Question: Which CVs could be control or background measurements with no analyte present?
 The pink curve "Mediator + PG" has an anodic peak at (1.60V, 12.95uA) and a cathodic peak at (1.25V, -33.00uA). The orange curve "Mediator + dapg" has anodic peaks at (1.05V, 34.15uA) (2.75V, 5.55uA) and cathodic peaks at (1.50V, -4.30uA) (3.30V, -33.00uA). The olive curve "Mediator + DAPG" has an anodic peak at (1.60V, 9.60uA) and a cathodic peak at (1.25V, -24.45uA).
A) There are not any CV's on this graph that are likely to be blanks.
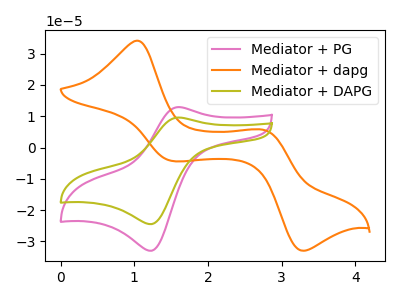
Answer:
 <answer>A) There are not any CV's on this graph that are likely to be blanks.</answer>
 <eval>A</eval>